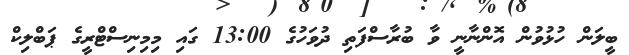
ބީލަން ހުޅުވުން އޮންނާނީ ވާ ބުރާސްފަތި ދުވަހުގެ 13:00 ގައި މިމިނިސްޓްރީގެ ޕަބްލިކް